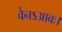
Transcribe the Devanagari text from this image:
वेनऽआवः।